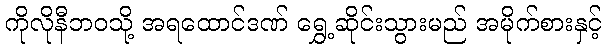
ကိုလိုနီဘဝသို့ အရထောင်ဒဏ် ရွှေ့ဆိုင်းသွားမည် အမိုက်စားနှင့်